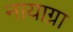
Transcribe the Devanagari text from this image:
नायाग्रा